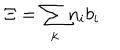
LaTeX: \Xi = { \sum _ { k } } n _ { i } { b } _ { i }